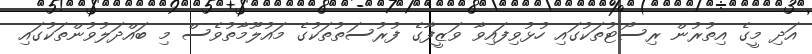
އަދި މީގެ އިތުރުން ރިސޯޓުތަކުގައި ހުޅުވިފައިވާ ވަޒީފާގެ ފުރުސަތުތަކުގެ މައުލޫމާތުވެސް މި ބައްދަލުވުންތަކުގައި